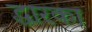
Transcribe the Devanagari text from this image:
द्धारका